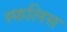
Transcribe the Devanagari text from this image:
स्फलिस